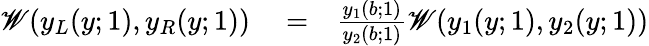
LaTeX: \begin{array}{rlr}{\mathscr{W}(y_{L}(y;1),y_{R}(y;1))}&{{}=}&{\frac{y_{1}(b;1)}{y_{2}(b;1)}\mathscr{W}(y_{1}(y;1),y_{2}(y;1))}\end{array}